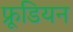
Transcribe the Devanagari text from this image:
फ्रूडियन